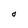
Character: O